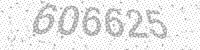
Solution: 606625